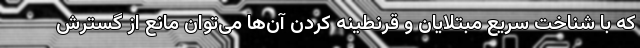
که با شناخت سریع مبتلایان و قرنطینه کردن آن‌ها می‌توان مانع از گسترش